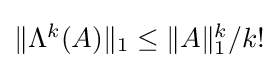
{\textstyle \|\Lambda ^{k}(A)\|_{1}\leq \|A\|_{1}^{k}/k!}